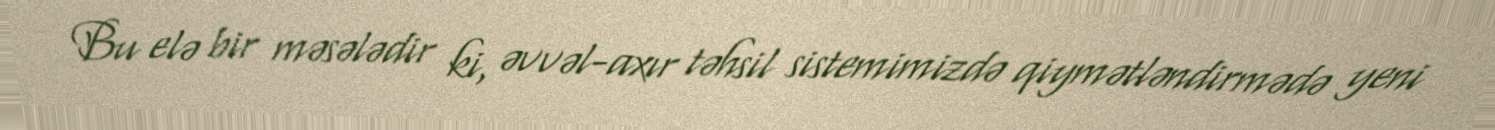
Bu elə bir məsələdir ki, əvvəl-axır təhsil sistemimizdə qiymətləndirmədə yeni